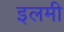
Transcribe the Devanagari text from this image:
इलमी